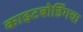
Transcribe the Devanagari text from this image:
काइटबोर्डिंगचा